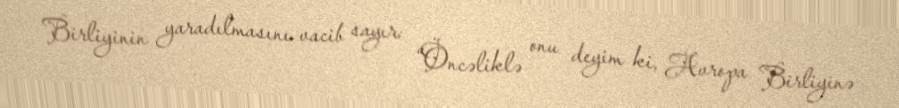
Birliyinin yaradılmasını vacib sayır: “Öncəliklə onu deyim ki, Avropa Birliyinə